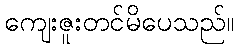
ကျေးဇူးတင်မိပေသည်။